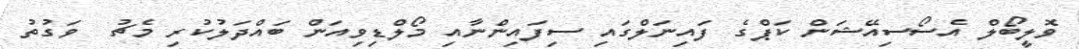
ވޮލީބޯލް އެސޯސިއޭޝަން ކަޕްގެ ފައިނަލްގައި ސިފައިންނާއި މޯލްޑިވިއަން ބައްދަލުކުރި މެޗު  ވަގުތު